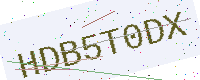
Text: HDB5T0DX